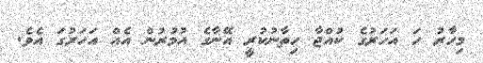
މިހާރު ހަ އަހަރުގެ ކުއްޖާ ހިތާނުކުރީ އޭނާގެ އުމުރުން އެއް އަހަރުގަ އެވެ.